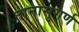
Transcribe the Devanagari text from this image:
तानासुगर्ण